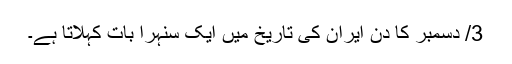
3/ دسمبر کا دن ایران کی تاریخ میں ایک سنہرا بات کہلاتا ہے۔